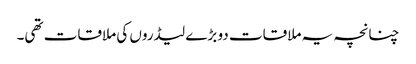
چنانچہ یہ ملاقات دو بڑے لیڈروں کی ملاقات تھی۔